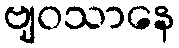
ဗျဝသာနေ